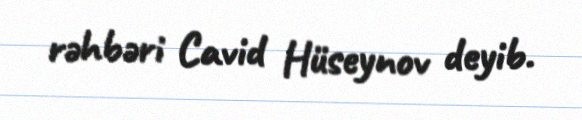
rəhbəri Cavid Hüseynov deyib.